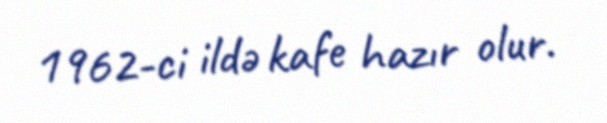
1962-ci ildə kafe hazır olur.